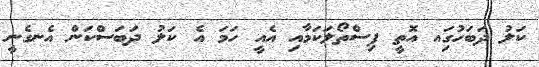
ކަލު ދަބަހުގަިއ އޮތީ ފިސްތޯލަކަމާއި އެއީ ހަމަ އެ ކަލު ދަބަސްކަން އެނގެނީ